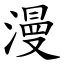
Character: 漫